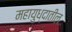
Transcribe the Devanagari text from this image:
महायुध्दातील